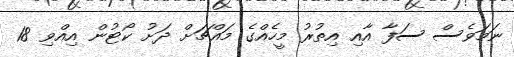
ނަަމަވެސް ސަފާ އާއި އިތުރު މީހެއްގެ މައްޗަށް ދަށު ކޯޓުން އިއްވި 18